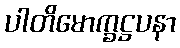
ပါတိမောက္ခဋ္ဌပနာ